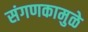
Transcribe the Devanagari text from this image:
संगणकामुळे